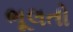
ભૂલતો